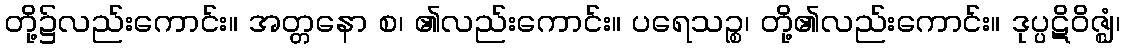
တို့၌လည်းကောင်း။ အတ္တနော စ၊ ၏လည်းကောင်း။ ပရေသဉ္စ၊ တို့၏လည်းကောင်း။ ဒုပ္ပဋိဝိဇ္ဈံ၊